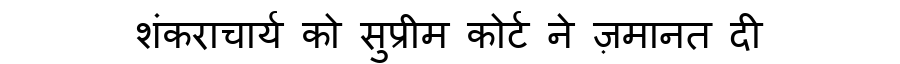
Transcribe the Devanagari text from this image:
शंकराचार्य को सुप्रीम कोर्ट ने ज़मानत दी